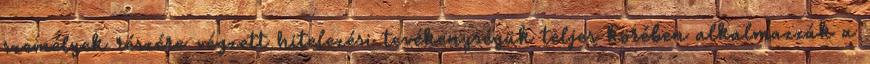
személyek részére végzett hitelezési tevékenységük teljes körében alkalmazzák a